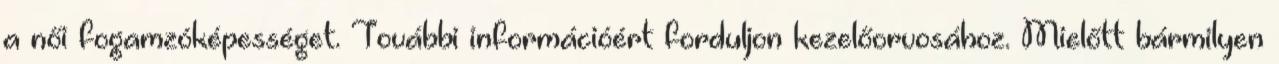
a női fogamzóképességet. További információért forduljon kezelőorvosához. Mielőtt bármilyen